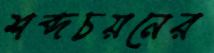
শব্দচয়নের